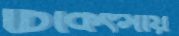
চিকিৎসায়